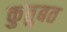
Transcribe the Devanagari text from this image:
कुतुबत